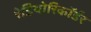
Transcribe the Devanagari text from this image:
रेडियोरिकॉर्डर